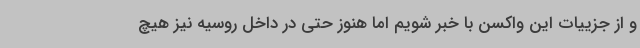
و از جزییات این واکسن با خبر شویم اما هنوز حتی در داخل روسیه نیز هیچ